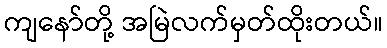
ကျနော်တို့ အမြဲလက်မှတ်ထိုးတယ်။